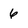
Character: 6